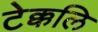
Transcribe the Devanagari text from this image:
टेक्कलि